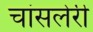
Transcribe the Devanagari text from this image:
चांसलेरी